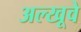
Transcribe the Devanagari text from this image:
अल्खूवे